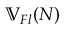
\mathbb { V } _ { F l } ( N )